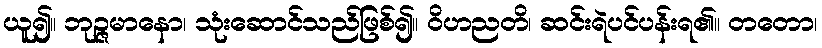
ယူ၍။ ဘုဉ္ဇမာနော၊ သုံးဆောင်သည်ဖြစ်၍။ ဝိဟညတိ၊ ဆင်းရဲပင်ပန်းရ၏။ တတော၊